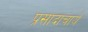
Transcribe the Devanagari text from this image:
प्रसादाचार्य